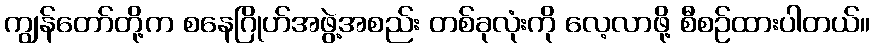
ကျွန်တော်တို့က စနေဂြိုဟ်အဖွဲ့အစည်း တစ်ခုလုံးကို လေ့လာဖို့ စီစဉ်ထားပါတယ်။